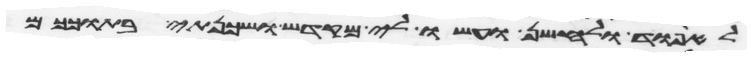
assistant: לאפוד ולחשן ועשו לי מקדש ושכנתי בתוככם